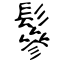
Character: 鬖